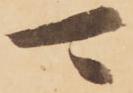
可